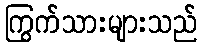
ကြွက်သားများသည်